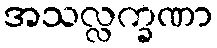
အသလ္လက္ခဏာ